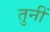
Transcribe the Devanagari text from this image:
तुनीं